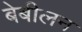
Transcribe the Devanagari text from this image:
बेबीलन